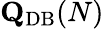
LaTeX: \mathbf{Q}_{\mathrm{{DB}}}(N)